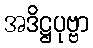
အဒိဋ္ဌပုဗ္ဗာ